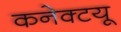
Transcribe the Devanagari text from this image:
कनेक्टयू